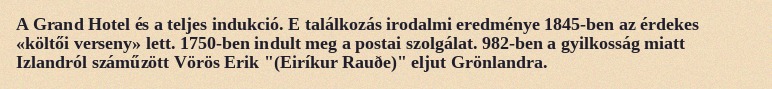
A Grand Hotel és a teljes indukció. E találkozás irodalmi eredménye 1845-ben az érdekes «költői verseny» lett. 1750-ben indult meg a postai szolgálat. 982-ben a gyilkosság miatt Izlandról száműzött Vörös Erik "(Eiríkur Rauðe)" eljut Grönlandra.